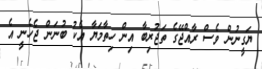
ޔަގީނުން ވެސް ރާއްޖޭގެ ތަޖުރިބާ އިން ހިތާމަޔާ އެކު ބުނަން ޖެހެނީ އެ